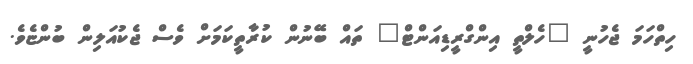
ހިތްހަމަ ޖެހުނީ "ހެލްތީ އިންގްރީޑިއަންޓް" ތައް ބޭނުން ކުރާތީކަމަށް ވެސް ޖެކުއަލިން ބުންޏެވެ.